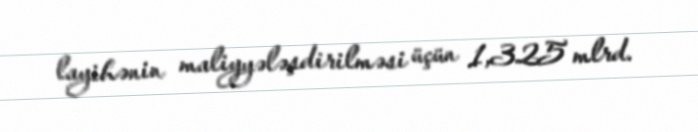
layihənin maliyyələşdirilməsi üçün 1,325 mlrd.